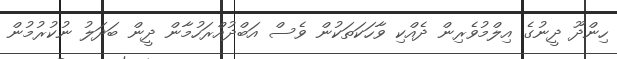
ހިންދޫ ދީނުގެ އިލްމުވެރިން ދެއްކި ވާހަކަތަކުން ވެސް އަބްދުއްރަހުމާން ދީން ބަދަލު ނުކުރުމުން